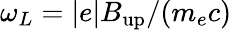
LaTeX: \omega_{L}=|e|B_{\mathrm{up}}/(m_{e}c)